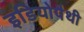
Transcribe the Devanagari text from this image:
इडियोपैथी